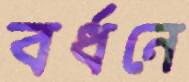
বর্ধনে